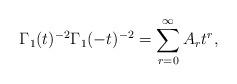
LaTeX: \begin{align*}\Gamma_{1}(t)^{-2}\Gamma_{1}(-t)^{-2}=\sum_{\substack{r=0}}^{\infty}A_{r}t^{r},\end{align*}